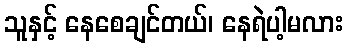
သူနှင့် နေစေချင်တယ်၊ နေရဲပါ့မလား